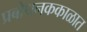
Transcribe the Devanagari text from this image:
प्रबोधनककाळात